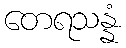
တေရသန္နံ